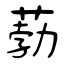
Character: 葧